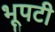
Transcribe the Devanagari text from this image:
भूपटी